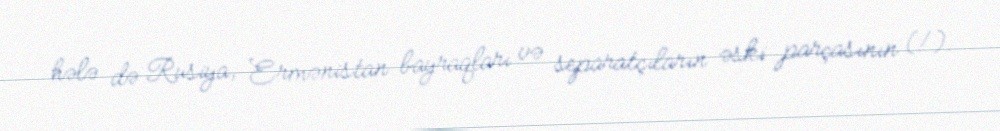
hələ də Rusiya, Ermənistan bayraqları və separatçıların əski parçasının (!).